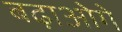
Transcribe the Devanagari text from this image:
बढ़ाओगे